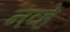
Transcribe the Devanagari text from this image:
नव्हें